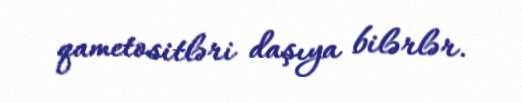
qametositləri daşıya bilərlər.